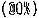
(@0%)